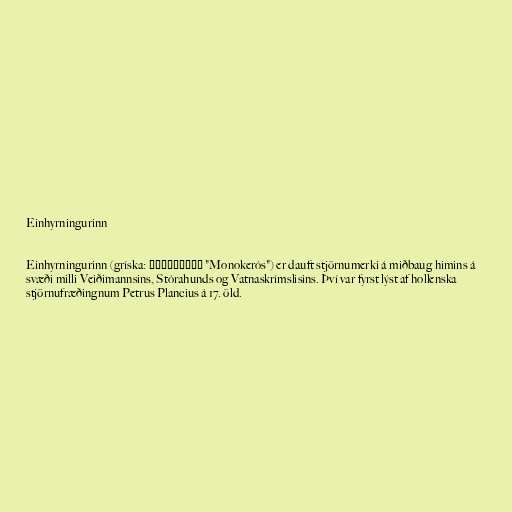
Einhyrningurinn

Einhyrningurinn (gríska: Μονόκερως "Monokerós") er dauft stjörnumerki á miðbaug himins á
svæði milli Veiðimannsins, Stórahunds og Vatnaskrímslisins. Því var fyrst lýst af hollenska
stjörnufræðingnum Petrus Plancius á 17. öld.